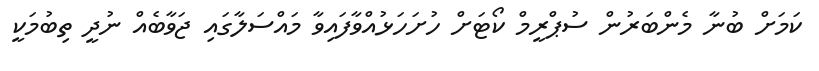
ކަމަށް ބުނާ މެންބަރުން ސުޕްރީމް ކޯޓަށް ހުށަހަޅުއްވާފައިވާ މައްސަލާގައި ޖަވާބެއް ނުދީ ތިބުމަކީ